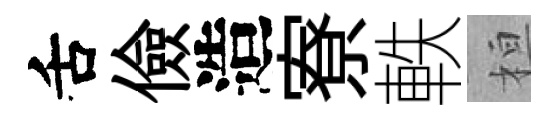
舌儉造寮軼桓